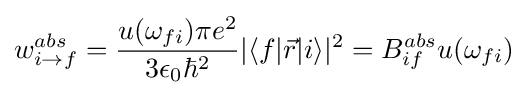
w_{i\rightarrow f}^{abs}={\frac {u(\omega _{fi})\pi e^{2}}{3\epsilon _{0}\hbar ^{2}}}|\langle f|{\vec {r}}|i\rangle |^{2}=B_{if}^{abs}u(\omega _{fi})